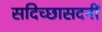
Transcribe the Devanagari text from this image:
सदिच्छासदनीं